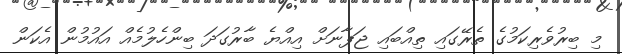
މި ބިރުވެރިކަމުގެ ތެރޭގައި ތިއްބައި ޖަޕާނަށް އިއްޔެ ބާރުގަދަ ބިންހެލުމެއް އައުމުން އެކަން